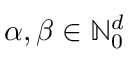
{ \boldsymbol { \alpha } } , { \boldsymbol { \beta } } \in \ensuremath { \mathbb { N } } _ { 0 } ^ { d }